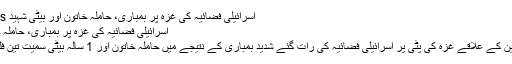
اسرائیلی فضائیہ کی غزہ پر بمباری، حاملہ خاتون اور بیٹی شہید gaza-air-strikes
اسرائیلی فضائیہ کی غزہ پر بمباری، حاملہ خاتون اور بیٹی شہید
غزہ : مقبوضہ فلسطین کے علاقے غزہ کی پٹی پر اسرائیلی فضائیہ کی رات گئے شدید بمباری کے نتیجے میں حاملہ خاتون اور 1 سالہ بیٹی سمیت تین فلسطینی شہید ہوگئے۔